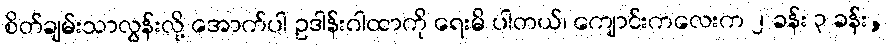
စိတ်ချမ်းသာလွန်းလို့ အောက်ပါ ဥဒါန်းဂါထာကို ရေးမိ ပါတယ်၊ ကျောင်းကလေးက ၂ ခန်း ၃ ခန်း,